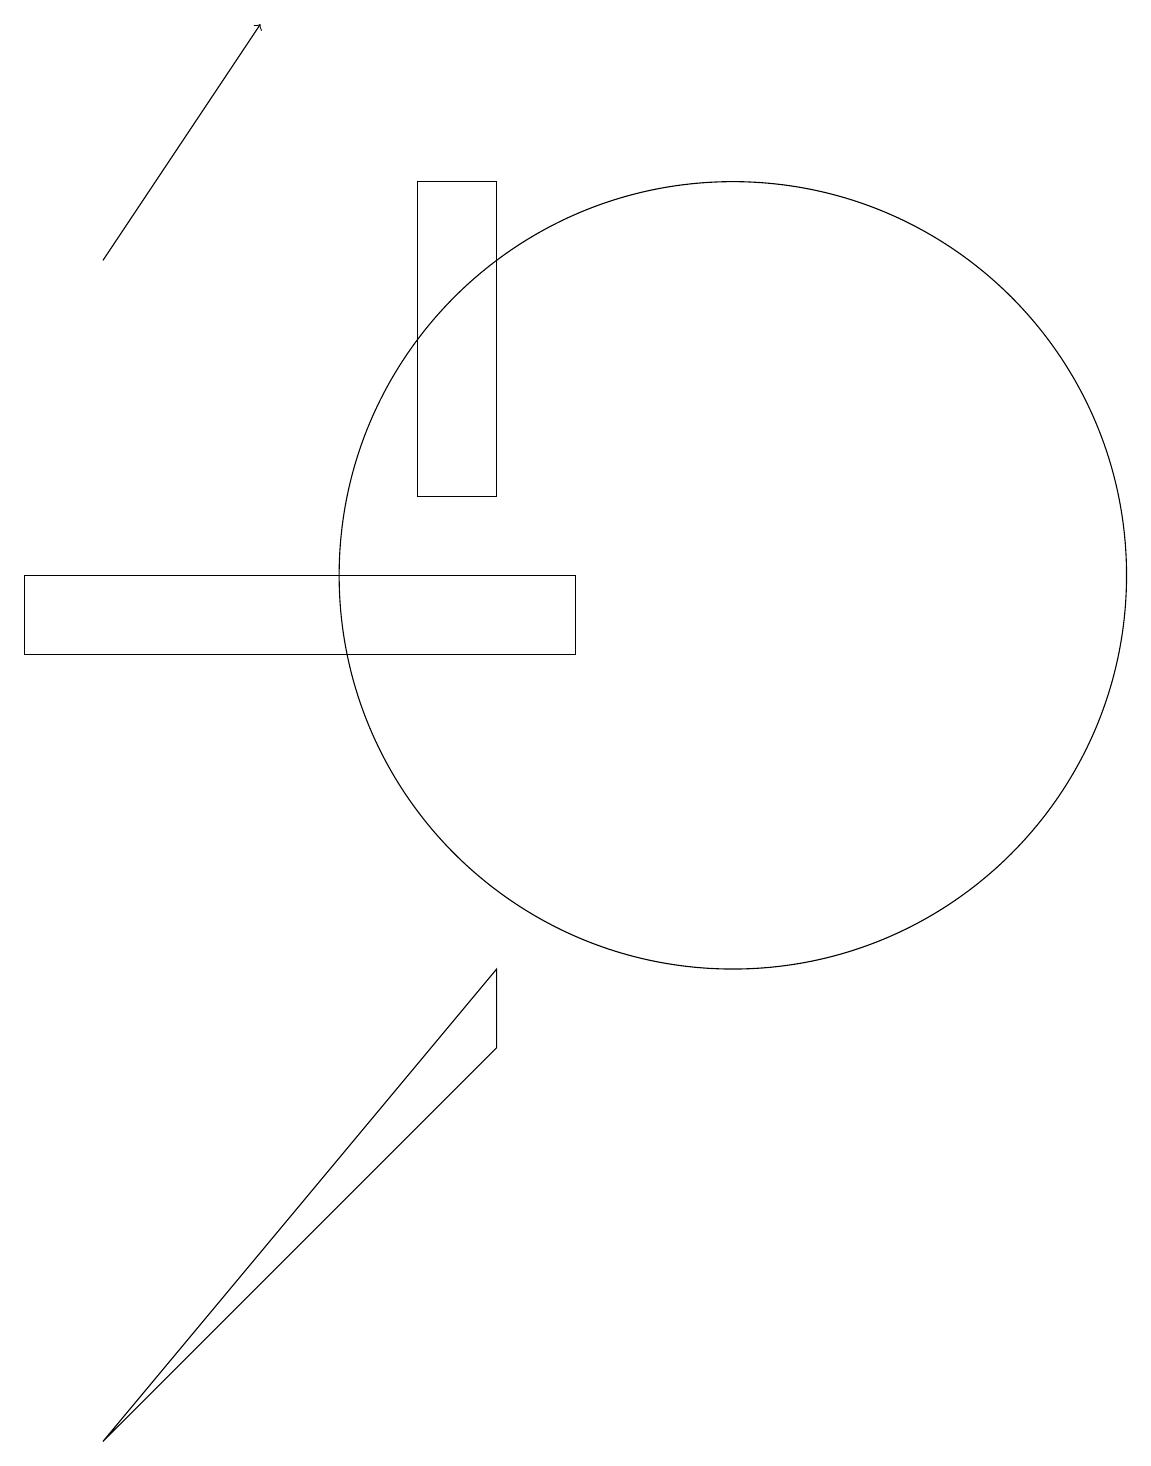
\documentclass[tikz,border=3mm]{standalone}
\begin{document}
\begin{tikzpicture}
\draw (8,10) rectangle (1,11);
\draw (6,16) rectangle (7,12);
\draw (10,11) circle (5);
\draw[->] (2,15) -- (4,18);
\draw (2,0) -- (7,6) -- (7,5) -- cycle;
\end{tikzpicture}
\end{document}